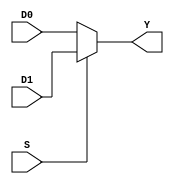
module mux2(input wire D0, D1, S, output wire Y);

  assign Y = S ? D1 : D0;

endmodule

module mux4(input wire D0, D1, D2, D3, S0, S1, output wire Y);
  wire Y1, Y2;
  mux2 G0(D0, D1, S1, Y1);
  mux2 G1(D2, D3, S1, Y2);
  mux2 G2(Y1, Y2, S0, Y);

endmodule

module mux8(input wire D0, D1, D2, D3, D4, D5, D6, D7, S0, S1, S2, output wire Y);
  wire Y1, Y2;
  mux4  G0(D0, D1, D2, D3, S1, S2, Y1);
  mux4  G1(D4, D5, D6, D7, S1, S2, Y2);
  mux2  G2(Y1,Y2, S0, Y);

endmodule

// Tabla 1 mux 2:1
module mux2T1(input wire A, B, C, output wire Y);

  wire D1, D2;

  assign D1 = B ^ C;
  assign D2 = B ~^ C;
  mux2  G1(D1, D2, A, Y);

endmodule

// Tabla 1 mux 4:1
module mux4T1(input wire A, B, C, output wire Y);

  mux4  G0(C, ~C, ~C, C, A, B, Y);

endmodule

// Tabla 1 mux 8:1
module mux8T1(input wire A, B, C, output wire Y);
  wire D0, D1;

  assign D0 = 0;
  assign D1 = 1;
  mux8  G0(D0, D1, D1, D0, D1, D0, D0, D1, A, B, C, Y);

endmodule

// Tabla 2 mux 2:1
module mux2T2(input wire A, B, C, output wire Y);

  wire D1, D2;

  assign D1 = B ~| C;
  assign D2 = B ~& C;
  mux2  G1(D1, D2, A, Y);

endmodule

// Tabla 2 mux 4:1
module mux4T2(input wire A, B, C, output wire Y);
  wire D1, D2;

  assign D1 = 0;
  assign D2 = 1;
  mux4  U1(D2, D1, D2, ~C, A, B, Y);

endmodule

// Tabla 2 mux 8:1
module mux8T2(input wire A, B, C, output wire Y);
  wire D0, D1;

  assign D0 = 0;
  assign D1 = 1;
  mux8  U2(D1, D1, D0, D0, D1, D1, D1, D0, A, B, C, Y);

endmodule